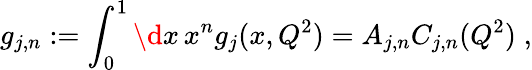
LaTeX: g_{j,n}:=\int_{0}^{1}\d x\, x^{n}g_{j}(x,Q^{2})=A_{j,n}C_{j,n}(Q^{2})\; ,